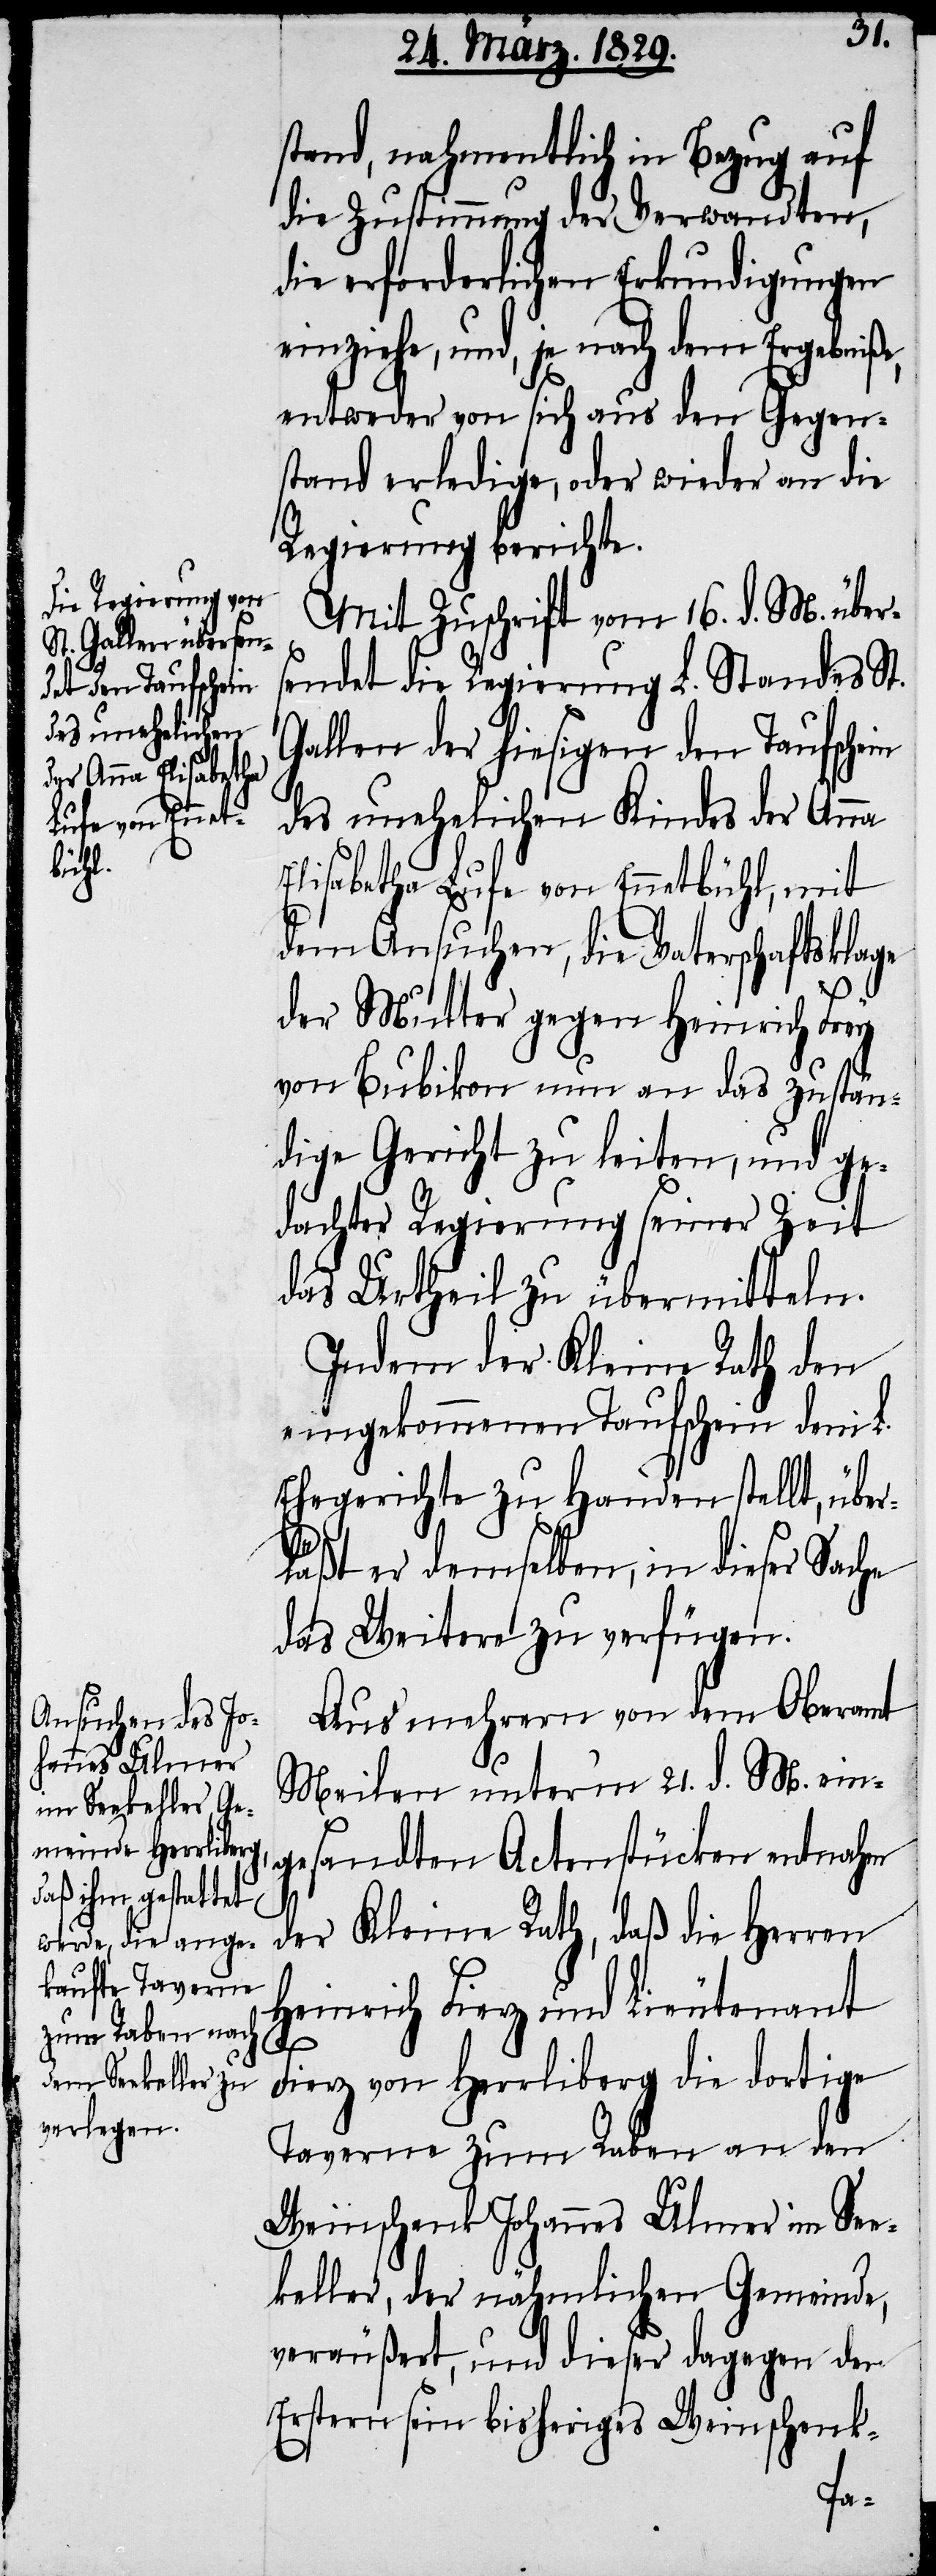
stand, nahmentlich in Bezug auf
die Zustimmung der Verwandten,
die erforderlichen Erkundigungen
einziehe, und, je nach dem Ergebniße,
entweder von sich aus den Gegen¬
stand erledige, oder wieder an die
Regierung berichte.
Mit Zuschrift vom 16. d. M. übers¬
endet die Regierung L. Standes St.
Gallen der hiesigen den Taufschein
des unehelichen Kindes der Anna
Elisabetha Lufe von Ennetbühl, mit
dem Ansuchen, die Vaterschaftsklage
der Mutter gegen Heinrich Frey
von Bubikon nun an das zustän¬
dige Gericht zu leiten, und ge¬
dachter Regierung seiner Zeit
das Urtheil zu übermitteln.
Indem der Kleine Rath den
eingekommenen Taufschein dem L.
Ehegerichte zu Handen stellt, übe¬
rläßt er demselben, in dieser Sache
das Weitere zu verfügen.
Aus mehrern von dem Oberamt
Meilen unter‘m 21. d. M. ein¬
gesandten Actenstücken entnahm
der Kleine Rath, daß die Herren
Heinrich Fierz und Lieutenant
Fierz von Herrliberg die dortige
Taverne zum Raben an den
Weinschenk Johannes Ulmer im See¬
keller, der nähmlichen Gemeinde,
veräußert, und dieser dagegen den
Erstern sein bisheriges Weinschenk-